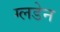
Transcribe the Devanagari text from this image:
ग्लडेन